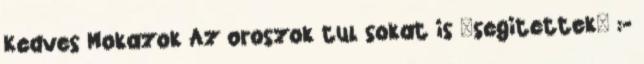
Kedves Mokazok Az oroszok tul sokat is "segitettek" :-